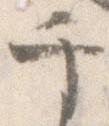
千